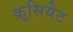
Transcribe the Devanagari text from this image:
क्रूसियेट